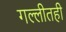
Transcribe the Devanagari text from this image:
गल्लीतही